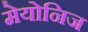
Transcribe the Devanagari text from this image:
मेयोनिज